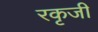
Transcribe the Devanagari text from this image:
रकृजी